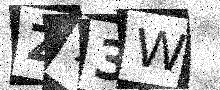
Text: Z73W